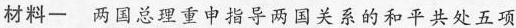
材料一 两国总理重申指导两国关系的和平共处五项